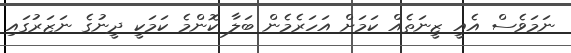
ނަމަވެސް އެއީ ޒީނަތެއް ކަމަށް އަހަރެމެން ބަލާ ކޮންމެ ކަމަކީ ދީނުގެ ނަޒަރުގައި